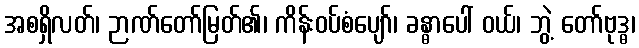
အစရှိလတ်၊ ဉာဏ်တော်မြတ်၏၊ ကိန်းဝပ်စံပျော်၊ ခန္ဓာပေါ် ဝယ်၊ ဘွဲ့ တော်ဗုဒ္ဓ၊